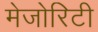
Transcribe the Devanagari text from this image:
मेजोरिटी